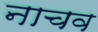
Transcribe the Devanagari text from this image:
नाचव